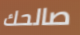
صالحك